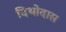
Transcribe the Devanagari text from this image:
दिथोदास